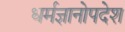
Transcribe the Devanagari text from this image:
धर्मज्ञानोपदेश